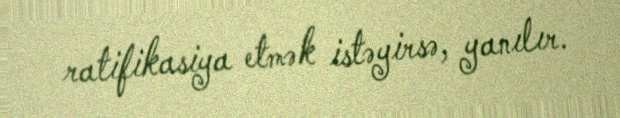
ratifikasiya etmək istəyirsə, yanılır.